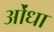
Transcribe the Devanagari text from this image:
ओंधा